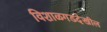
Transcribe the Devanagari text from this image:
विशाळगडदेखील